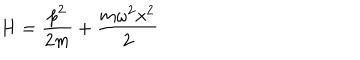
LaTeX: H = \frac { p ^ { 2 } } { 2 m } + \frac { m \omega ^ { 2 } x ^ { 2 } } { 2 }